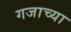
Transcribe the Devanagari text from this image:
गजाच्या